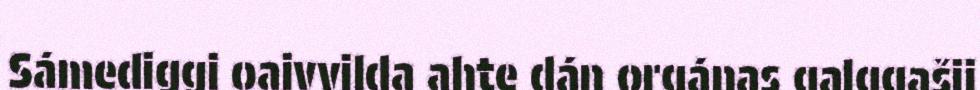
Sámediggi oaivvilda ahte dán orgánas galggašii